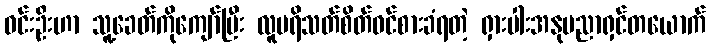
ဝင်းဦးဟာ သူ့ခေတ်ကိုကျော်ပြီး လူပရိသတ်စိတ်ဝင်စားခံရတဲ့ ရှားပါးအနုပညာရှင်တယောက်